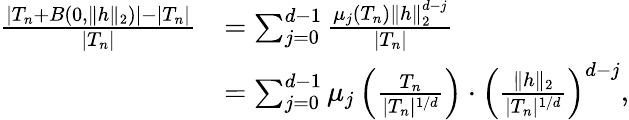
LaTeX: \begin{array}{rl}{\frac{|T_{n}+B(0,\| h\| _{2})|-|T_{n}|}{|T_{n}|}}&{=\sum_{j=0}^{d-1}\frac{\mu_{j}(T_{n})\| h\| _{2}^{d-j}}{|T_{n}|}}\\ &{=\sum_{j=0}^{d-1}\mu_{j}\left(\frac{T_{n}}{|T_{n}|^{1/d}}\right)\cdot\left(\frac{\| h\| _{2}}{|T_{n}|^{1/d}}\right)^{d-j},}\end{array}